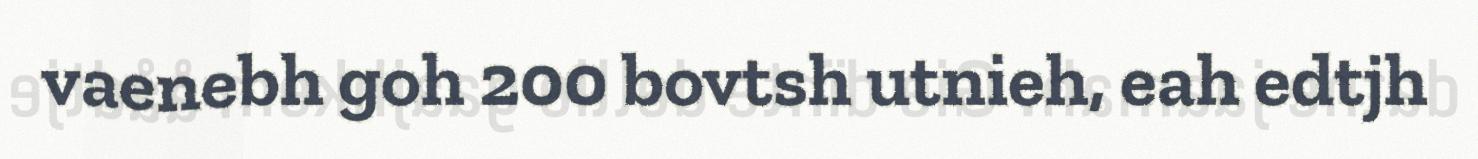
vaenebh goh 200 bovtsh utnieh, eah edtjh